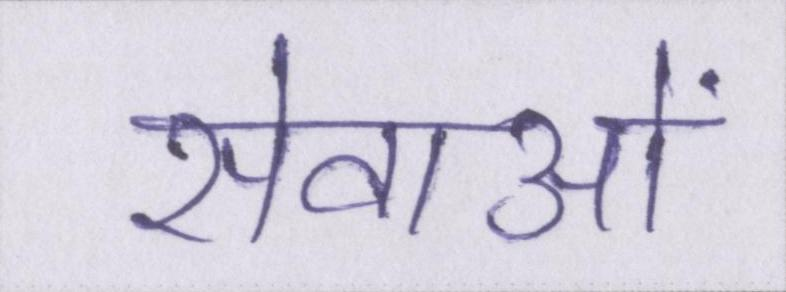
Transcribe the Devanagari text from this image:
सेवाओं